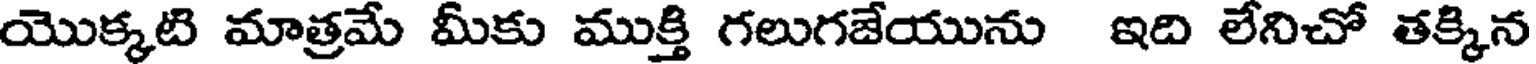
యొక్కటి మాత్రమే మీకు ముక్తి గలుగజేయును ఇది లేనిచో తక్కిన